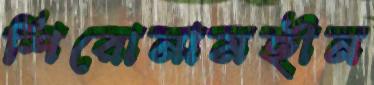
শিরোনামহীন